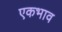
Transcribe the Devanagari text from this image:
एकभाव